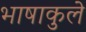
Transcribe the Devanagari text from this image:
भाषाकुले